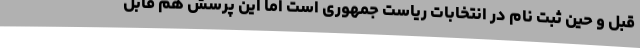
قبل و حین ثبت نام در انتخابات ریاست جمهوری است اما این پرسش هم قابل